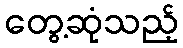
တွေ့ဆုံသည့်